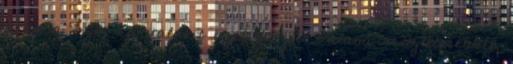
folyt a szó. ha valakit ezek közül valami részletesebben